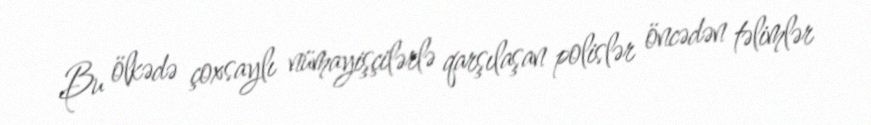
Bu ölkədə çoxsaylı nümayişçilərlə qarşılaşan polislər öncədən təlimlər